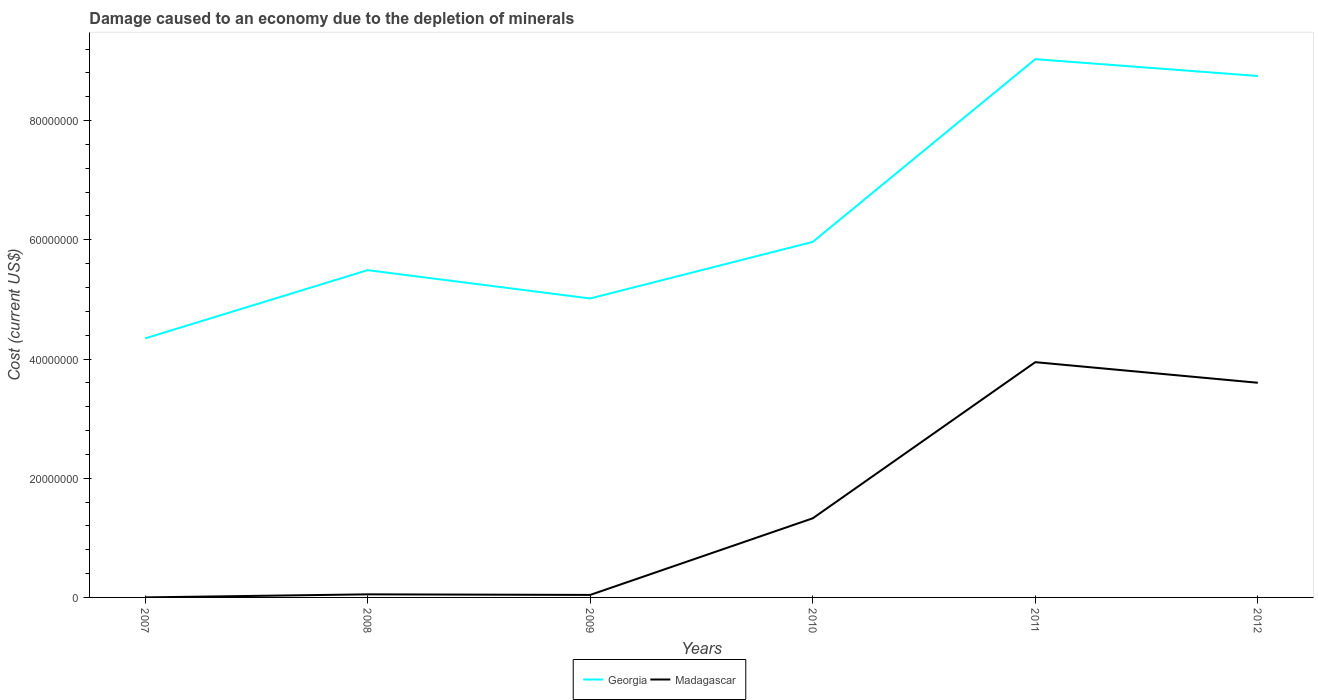
| Years | Georgia | Madagascar |
 | --- | --- | --- |
 | 2007 | 4.35e+07 | 4.79e+03 |
 | 2008 | 5.49e+07 | 5.18e+05 |
 | 2009 | 5.02e+07 | 4.19e+05 |
 | 2010 | 5.97e+07 | 1.33e+07 |
 | 2011 | 9.03e+07 | 3.95e+07 |
 | 2012 | 8.75e+07 | 3.6e+07 |